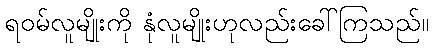
ရဝမ်လူမျိုးကို နုံလူမျိုးဟုလည်းခေါ်ကြသည်။